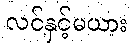
လင်နှင့်မယား